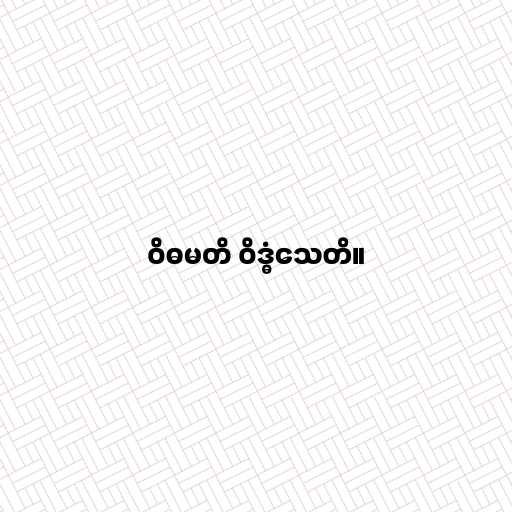
ဝိဓမတိ ဝိဒ္ဓံသေတိ။